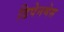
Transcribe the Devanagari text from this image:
डिपेनमेस